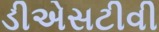
ડીએસટીવી